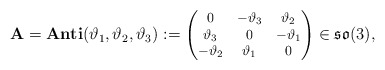
\begin{align*}{\mathbf{A}}=\mathbf{Anti}(\vartheta_1,\vartheta_2,\vartheta_3):=\begin{footnotesize}\begin{pmatrix}0&-\vartheta_3&\vartheta_2\\\vartheta_3&0&-\vartheta_1\\-\vartheta_2&\vartheta_1&0\end{pmatrix}\end{footnotesize}\in \mathfrak{so}(3),\end{align*}